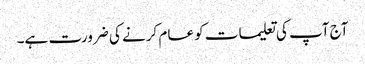
آج آپ کی تعلیمات کو عام کرنے کی ضرورت ہے۔